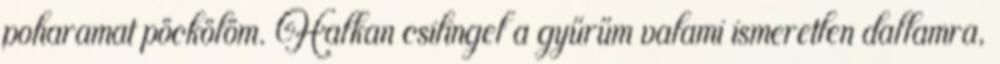
poharamat pöckölöm. Halkan csilingel a gyűrűm valami ismeretlen dallamra,